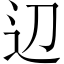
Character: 辺